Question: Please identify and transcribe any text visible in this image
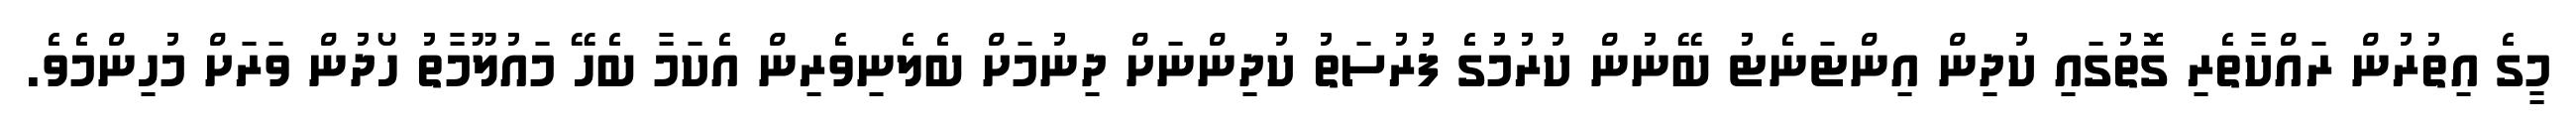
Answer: މީގެ އިތުރުން ރައްކާތެރި ގޮތުގައި ކުދިން އިންޓަނެޓު ބޭނުން ކުރުމުގެ ފުރުސަތު ކުދިންނަށް ދިނުމަށް ބެލެނިވެރިން އެކަމާ ބެހޭ މައުލޫމާތު ހޯދުން ވަރަށް މުހިންމެވެ.